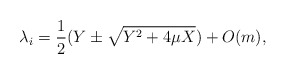
\begin{align*}\lambda_{i} = \frac{1}{2} (Y \pm \sqrt{Y^{2} + 4\mu X}) + O(m),\end{align*}